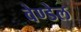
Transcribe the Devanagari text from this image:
वेण्डेल